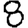
Digit: 8